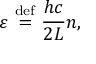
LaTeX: \varepsilon \ { \stackrel { \mathrm { d e f } } { = } } \ { \frac { h c } { 2 L } } n ,